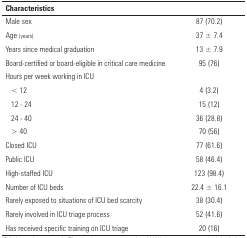
| Characteristics |  |
 | --- | --- |
 | Male sex | 87 (70.2) |
 | Age (years) | 37 ± 7.4 |
 | Years since medical graduation | 13 ± 7.9 |
 | Board-certified or board-eligible in critical caremedicine | 95 (76) |
 | Hours per week working in ICU |  |
 | < 12 | 4 (3.2) |
 | 12 - 24 | 15 (12) |
 | 24 - 40 | 36 (28.8) |
 | > 40 | 70 (56) |
 | Closed ICU | 77 (61.6) |
 | Public ICU | 58 (46.4) |
 | High-staffed ICU | 123 (98.4) |
 | Number of ICU beds | 22.4 ± 16.1 |
 | Rarely exposed to situations of ICU bed scarcity | 38 (30.4) |
 | Rarely involved in ICU triage process | 52 (41.6) |
 | Has received specific training on ICU triage | 20 (16) |